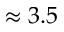
\approx 3 . 5